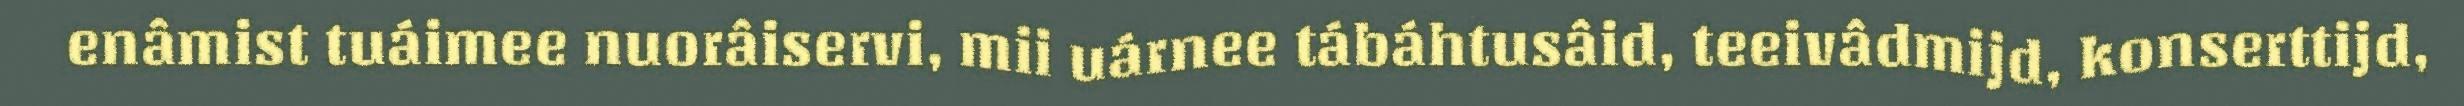
enâmist tuáimee nuorâiservi, mii uárnee tábáhtusâid, teeivâdmijd, konserttijd,